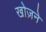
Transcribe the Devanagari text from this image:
खोज़ने